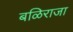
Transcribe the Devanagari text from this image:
बळिराजा